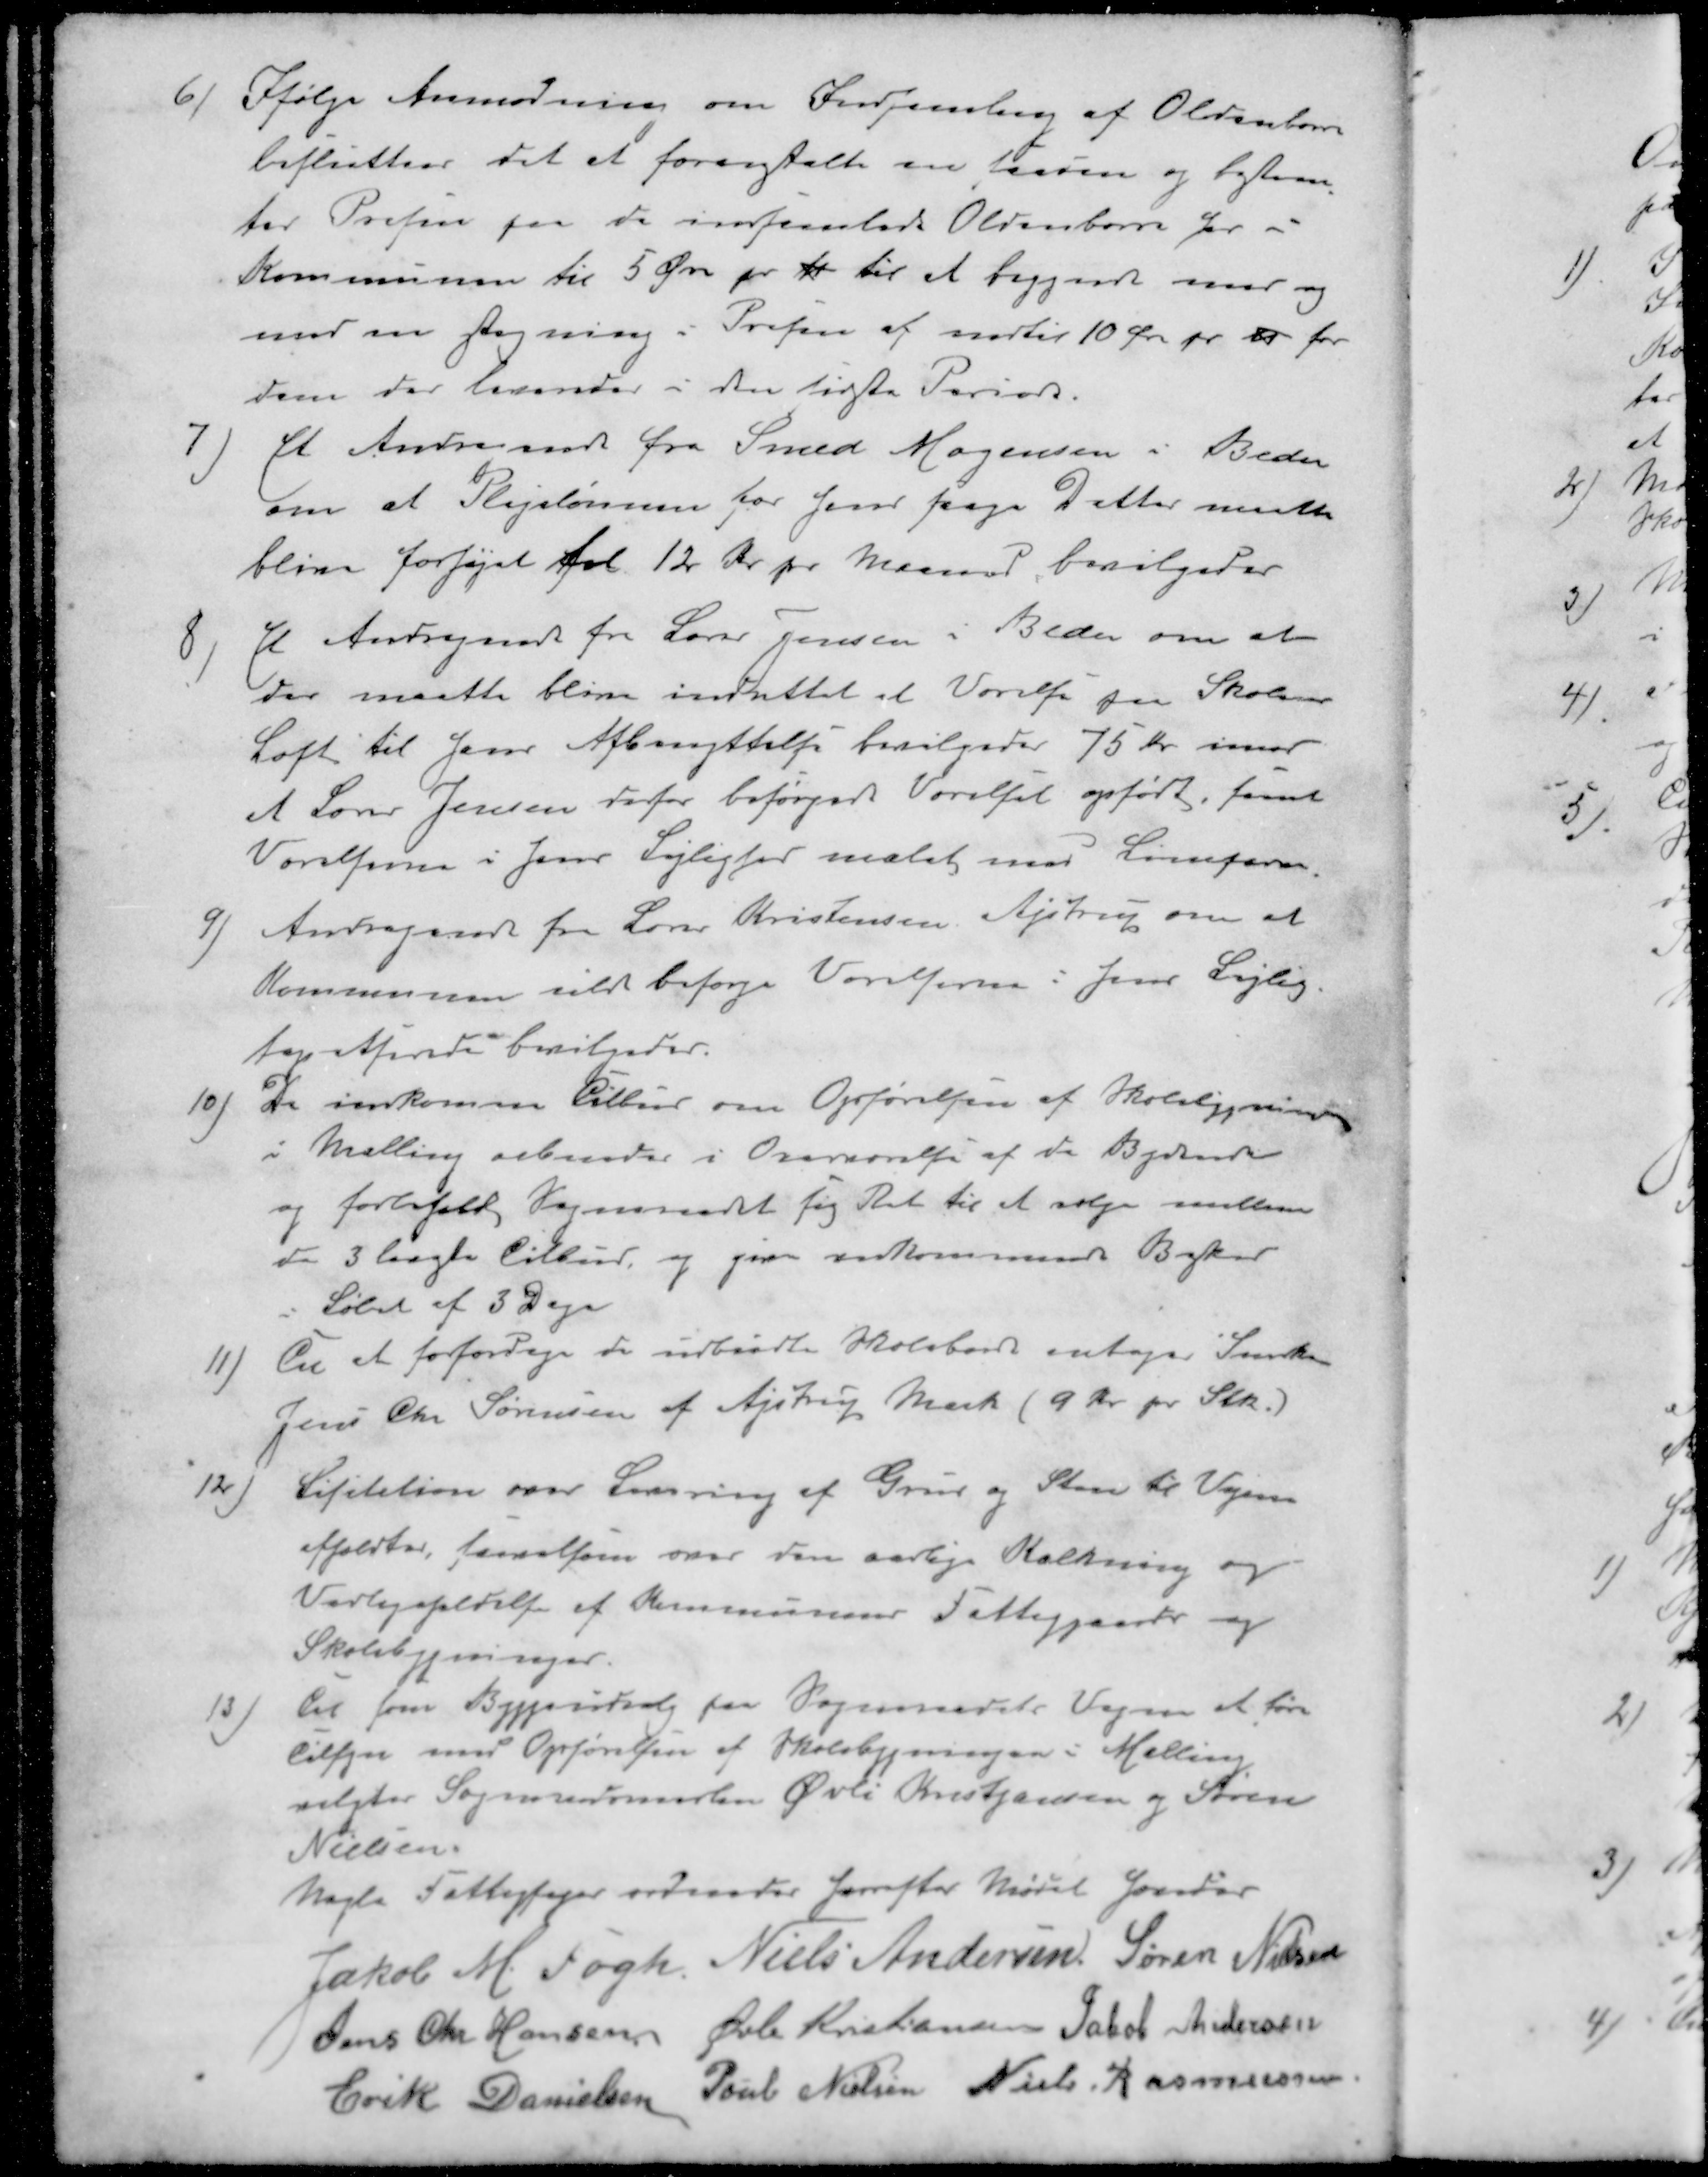
Transskription:
6 ) Ifølge Anmodning om Indsamling af Oldenborre
besluttes det at foranstalte en  og bestem-
te Prisen for de indsamlede Oldenborre her i
Kommunen til 5 Øre lbs til at begynde med og 
med en Stigning i Prisen af indtil 10 Øre pr lbs for
dem der  i den sidste Periode
7 ) Et Andragende fra Smed Mogensen i Beder
om at Plejelønnen for hans syge Datter maatte
blive forhøjet til 12 Kr. pr. Maaned bevilgedes
8 ) Et Andragende fra Lærer Jensen i Beder om at
der maatte blive indrettet et Værelse fra Skolens
Loft til hans Afbenyttelse bevilgedes 75 Kr. imod
at Lærer Jensen derfor besørgede Værelset opført samt
Værelserne i hans Lejlighed malet med Linsefarve
9 ) Andragende fra Lærer Kristensen, Ajstrup om at 
Kommunen vilde besørge Værelserne i hans Lejlig-
hed  bevilgedes.
10 ) De indkomme Tilbud om Opførelsen af Skolebygningen
i Malling aabnedes i Overværelse af de Bydende
og forbeholdt Sogneraadet sig Ret til at vælge mellem
de 3 lagte Tilbud, og give vedkommende Besked
i Løbet af 3 Dage
11 ) Til at forfærdige de udbudte Skoleborde antages Snedker
Jens Chr Sørensen af Ajstrup Mark (9 kr. pr. Stk.)
12 ) Lisitation over Levering af Grus og Sten til Vejen
afholdtes, saavelsom over den aarlige Kalkning og
Vedligeholdelse af Kommunens Fattiggaard og
Skolebygninger.
13 ) til som Bygsudvalg paa Sogneraadets Vejen at føre
tilsyn med Opførelsen af Skolebygningen i Malling
valgtes Sogneraadsmedlem Øvli Kristjansen og Søren
Nielsen
Nogle Fattigsager ordnedes hvorefter Mødet hævedes
Jakob M Fogh
Niels Andersen
Søren Nielsen
Jens Chr Hansen
Øvli Kristiansen
Jakob Andersen
Erik Danielsen
Poul Nielsen
Niels Rasmussen